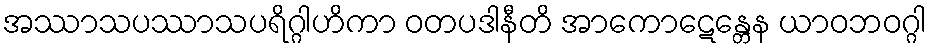
အဿာသပဿာသပရိဂ္ဂါဟိကာ ဝတပဒါနီတိ အာကောဋေန္တေန ယာဝဘဝဂ္ဂါ